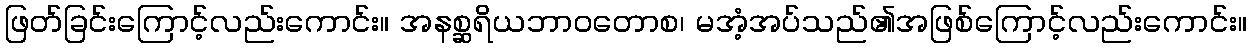
ဖြတ်ခြင်းကြောင့်လည်းကောင်း။ အနစ္ဆရိယဘာဝတောစ၊ မအံ့အပ်သည်၏အဖြစ်ကြောင့်လည်းကောင်း။